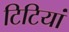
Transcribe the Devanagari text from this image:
टिटियां